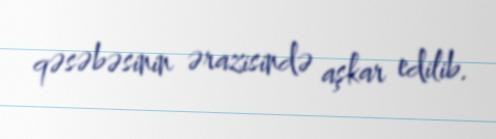
qəsəbəsinin ərazisində aşkar edilib.